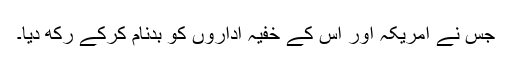
جس نے امریکہ اور اس کے خفیہ اداروں کو بدنام کرکے رکھ دیا۔